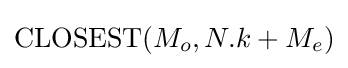
\operatorname {CLOSEST} (M_{o},N.k+M_{e})